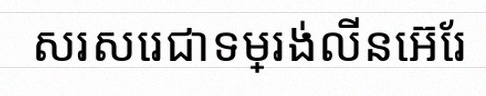
សរសេរជាទម្រង់លីនេអ៊ែរ